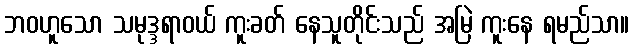
ဘဝဟူသော သမုဒ္ဒရာဝယ် ကူးခတ် နေသူတိုင်းသည် အမြဲ ကူးနေ ရမည်သာ။